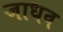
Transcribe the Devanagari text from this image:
जाधव